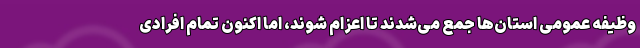
وظیفه عمومی استان‌ها جمع می‌شدند تا اعزام شوند، اما اکنون تمام افرادی